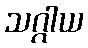
သဂ္ဂါယ